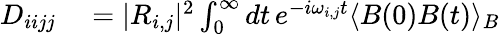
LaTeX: \begin{array}{rl}{D_{iijj}}&{{}=|R_{i,j}|^{2}\int_{0}^{\infty}dt\, e^{-i\omega_{i,j}t}\langle B(0)B(t)\rangle_{B}}\end{array}